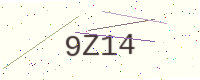
Text: 9Z14